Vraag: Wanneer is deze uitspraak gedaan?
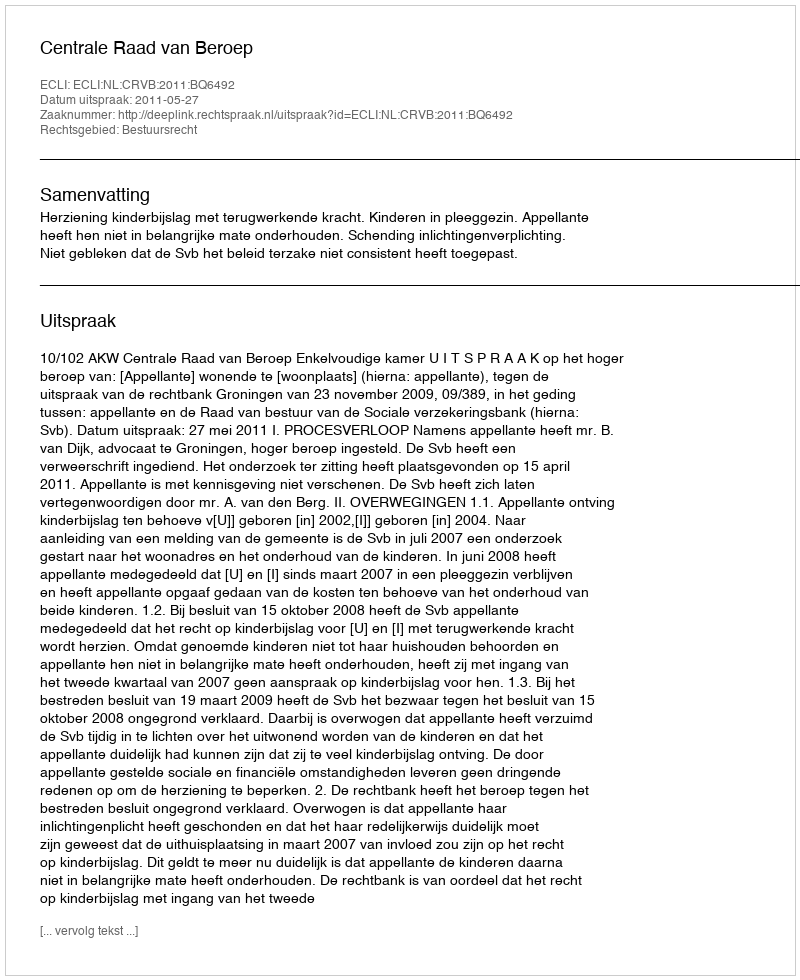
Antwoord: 2011-05-27